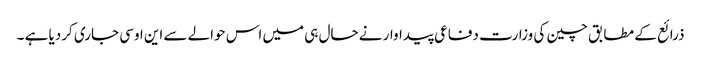
ذرائع کے مطابق چین کی وزارت دفاعی پیداوار نے حال ہی میں اس حوالے سے این اوسی جاری کردیا ہے ۔